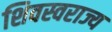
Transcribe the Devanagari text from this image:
शिवस्वराज्य